Civil Veterinary Department. Central Provinces & Berar 1925-31 - 1925-1931
Year: 1925
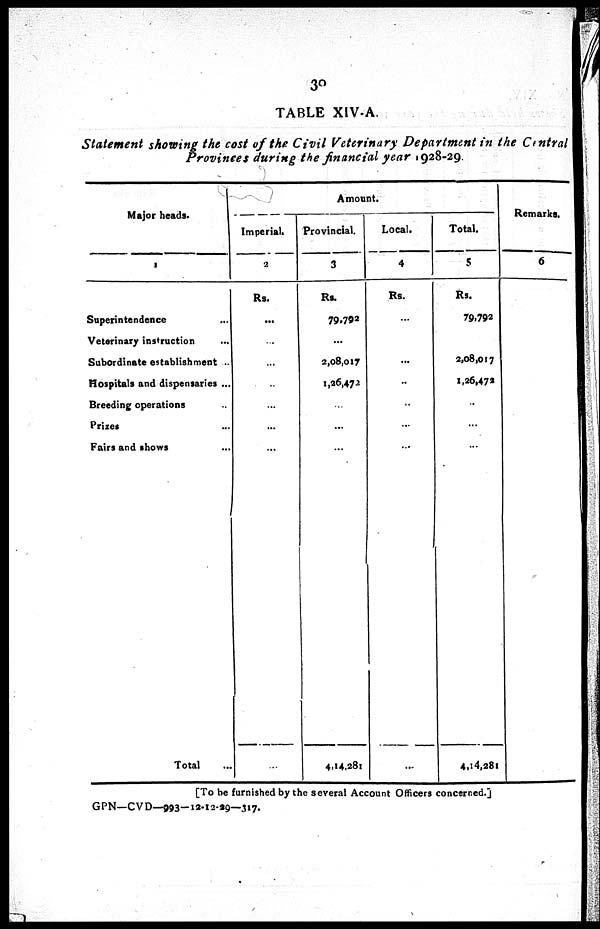
30
TABLE XIV-A.
Statement showing the cost of the Civil Veterinary Department in the Central
Provinces during the financial year 1928-29.
Major heads.
1
Superintendence ...
Veterinary instruction ...
Subordinate establishment ..
Hospitals and dispensaries ...
Breeding operations ..
Prizes ...
Fairs and shows ...
Total ...
Amount.
Imperial.
2
Rs.
...
...
...
...
...
...
...
...
Provincial.
3
Rs.
79,792
...
2,08,017
1,26,472
...
...
...
4,14,281
Local.
4
Rs.
...
...
...
...
...
...
...
...
Total.
5
Rs.
79,792
..
2,08,017
1,26,472
..
...
...
4,14,281
Remarks.
6
...
...
...
...
...
..
...
[To be furnished by the several Account Officers concerned.]
GPN—CVD—993—12-12-29—317.